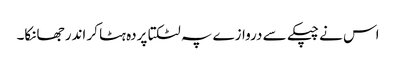
اس نے چپکے سے دروازے پہ لٹکتا پردہ ہٹا کر اندر جھانکا۔